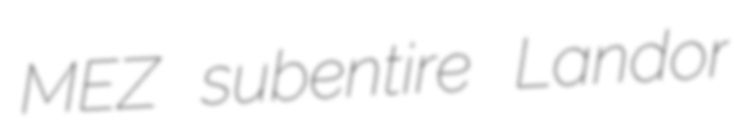
MEZ subentire Landor